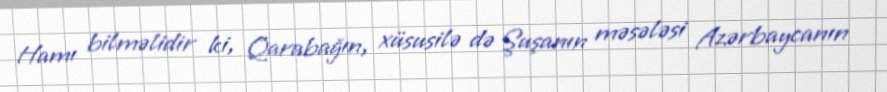
Hamı bilməlidir ki, Qarabağın, xüsusilə də Şuşanın məsələsi Azərbaycanın